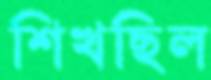
শিখছিল